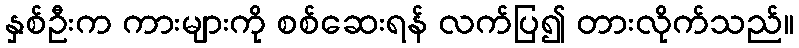
နှစ်ဦးက ကားများကို စစ်ဆေးရန် လက်ပြ၍ တားလိုက်သည်။